V__Kingissepa_nim__kolhoos, lk 98
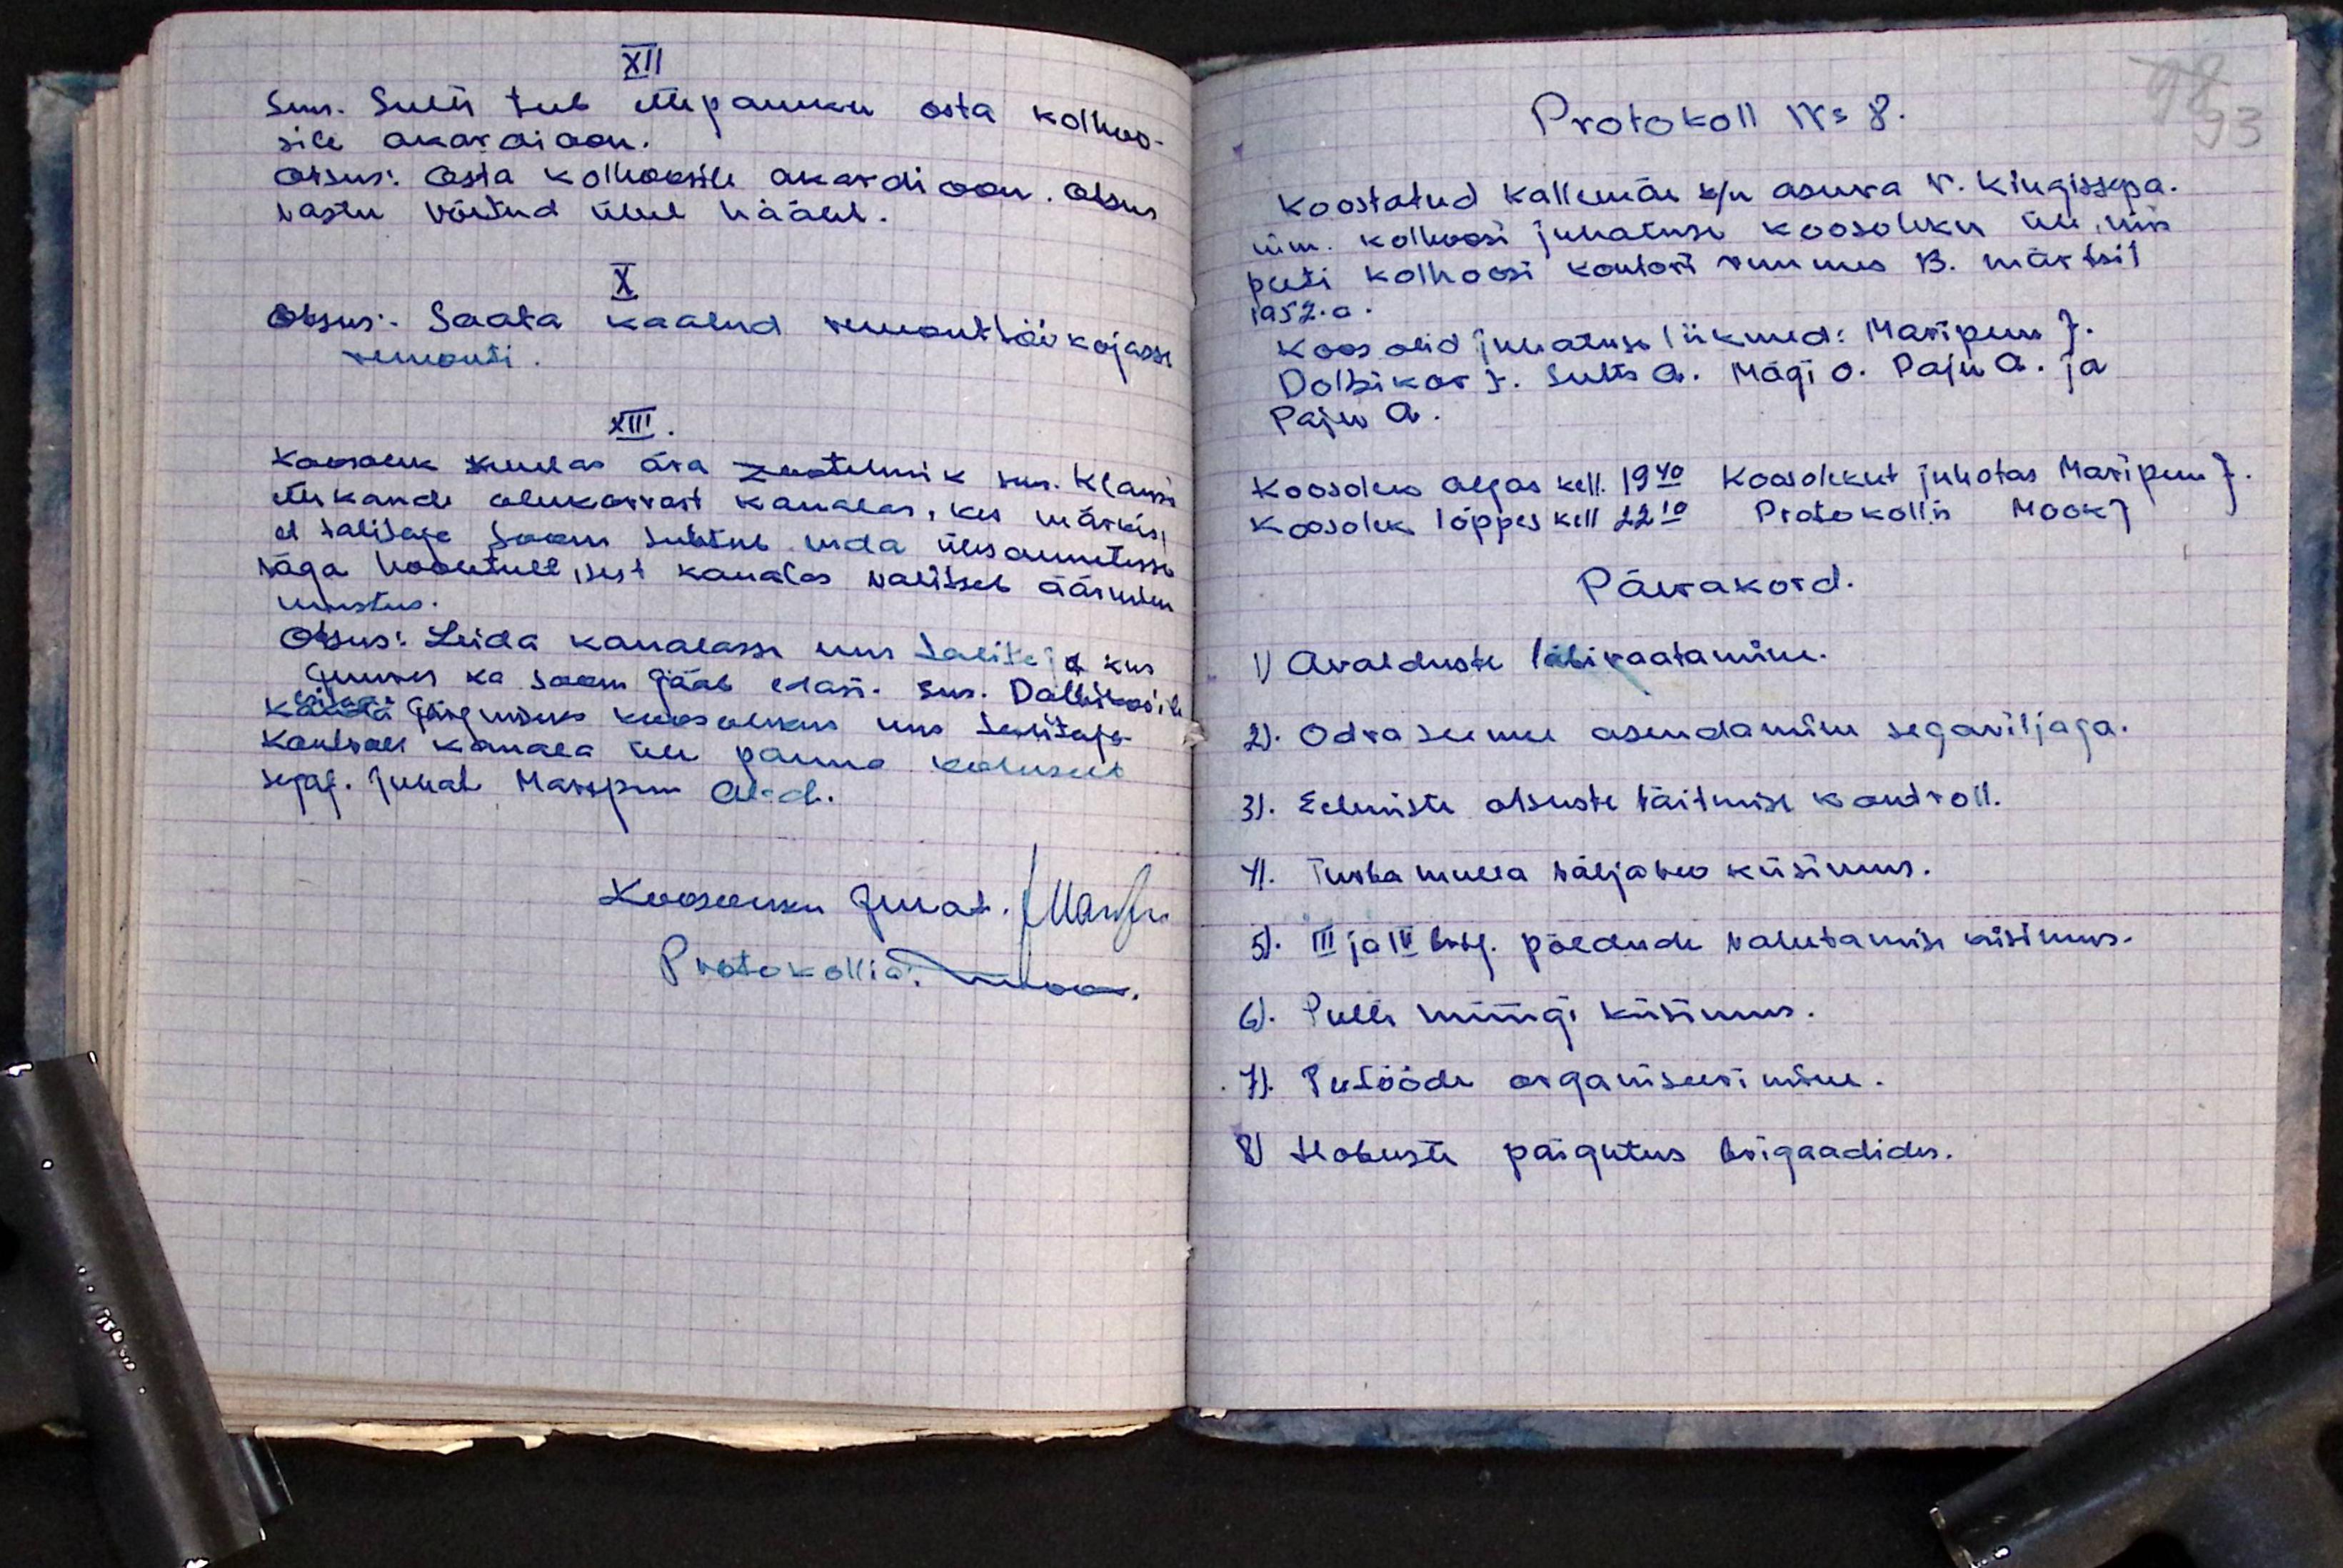
XII
Sms. Sults teeb ettepaneku osta kolhoos-
sile akordioon.
otsus: osta kolhoosile akordioon. otsus
vastu võetud ühel häält.
X.
Otsus. Saata kaalud remonttöökojasse
remonti.
XIII.
Koosolek kuulas ära zootehnik sms. Klassi
ettekande olukorrast kanalas, kes märkis,
et talitaja Soom suhtub enda ülesannetesse
väga hooletult, sest kanalas valitseb äärmine
mustus.
Otsus: Leida kanalasse uus talitaja kus
juures ka Soom jääb edasi - siis. Dolbikovile
kääleti järguduks koosolekus uus talitaja
kontvees kanala üle panna kohust
sepaf. Juhat. Maripuu Al-der.
Koosoleku juhat. JMaripuu
Protokollia: Mook

98
93
Protokoll Nr 8.
Koostatud Kallemäe k/n asuva V. Kingissepa
nim. kolhoosi juhatuse koosoleku üle, mis
peeti kolhoosi kontori ruumes 13. märtsil
1952. a.
koos olid juhatuse liikmed: Maripuu J.
Dolbikov J. Sults A. Mägi O. Paju A. ja
Paju A.
Koosolek algas kell 19.40. Koosolekut juhatas Maripuu J.
koosolek lõppes kell 22.10 Protokollis Mook J.
Päevakord.
1) Avalduste läbivaatamine.
2). Odraseemne asendamine segaviljaga.
3). Eelmiste otsuste täitmise kontroll.
4). Turba mulla väljaveo küsimus.
5). III ja IV brig. põldude vahetamise küsimus.
6). Pulli müügi küsimus.
7). Teetööde organiseerimine.
8) Hobuste paigutus brigaadides.